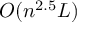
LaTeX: O ( n ^ { 2 . 5 } L )